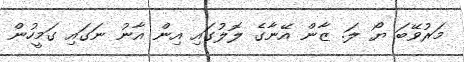
މަރުވޭބަ ޔޯ ލަ. ޒާން އޭނާގެ ލޮލުގައި އިން އާނު ނަގައި ގަމީހުން